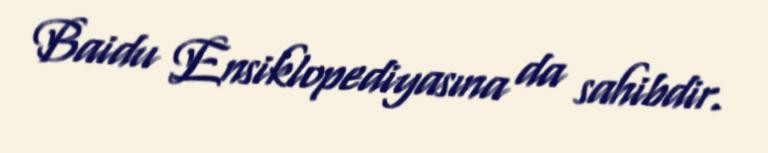
Baidu Ensiklopediyasına da sahibdir.